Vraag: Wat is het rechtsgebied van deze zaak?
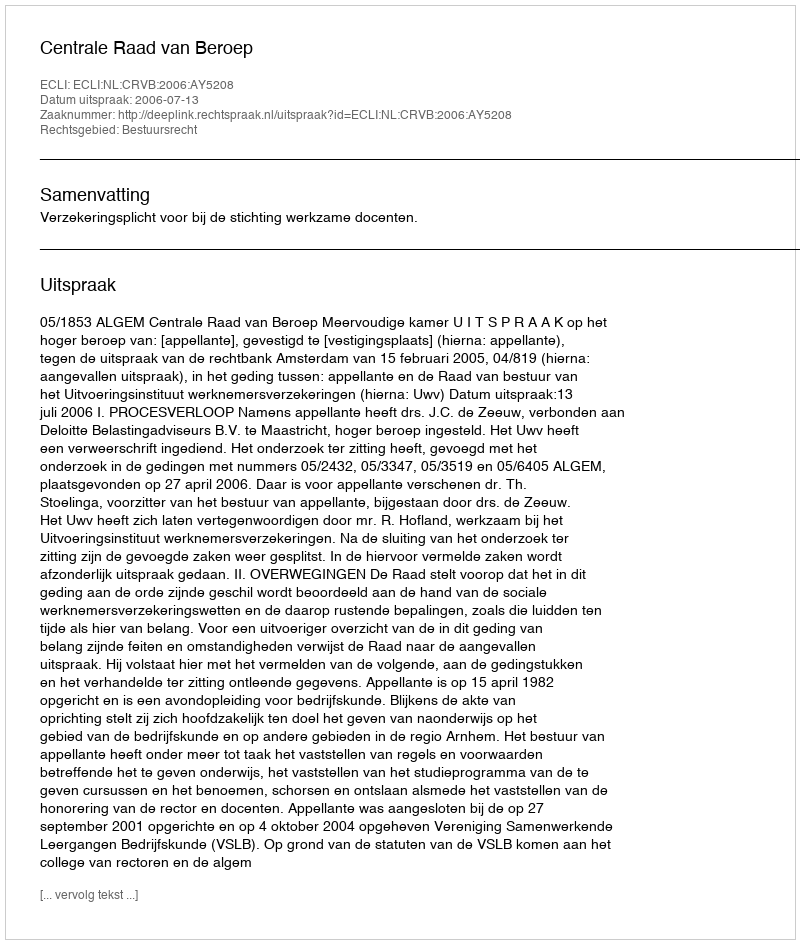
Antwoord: Bestuursrecht